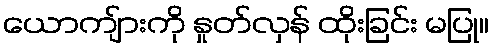
ယောကျ်ားကို နှုတ်လှန် ထိုးခြင်း မပြု။